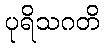
ပုရိသဂတိ